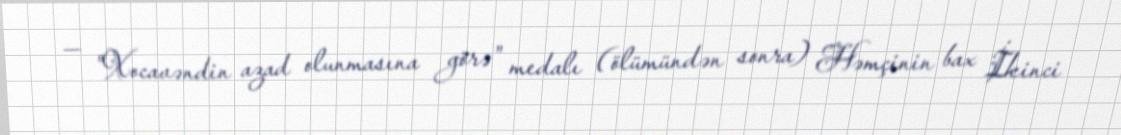
— "Xocavəndin azad olunmasına görə" medalı (ölümündən sonra) Həmçinin bax İkinci